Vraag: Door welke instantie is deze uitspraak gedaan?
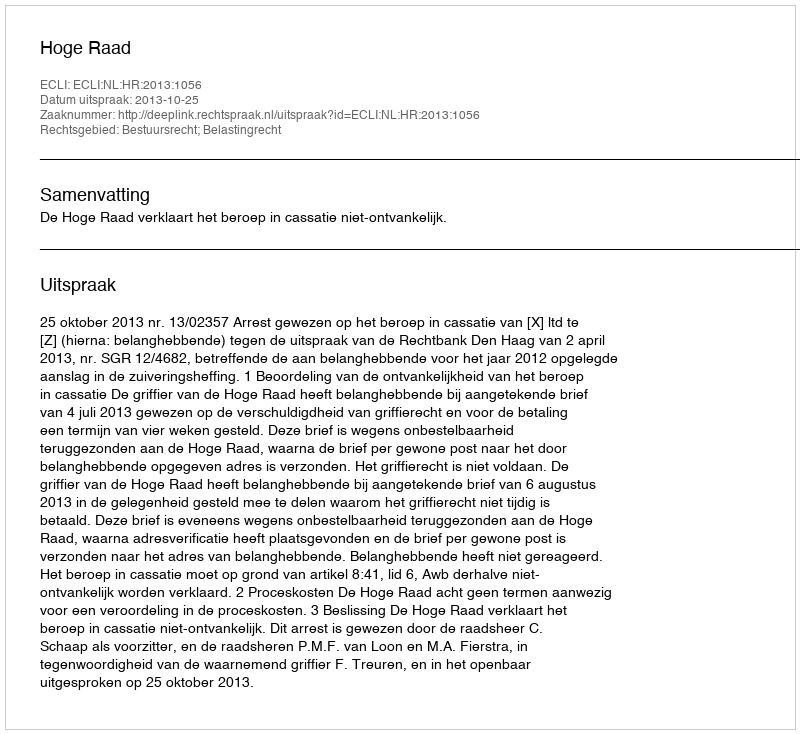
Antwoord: Hoge Raad